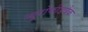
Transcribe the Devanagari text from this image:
न्यूरोफीडबैक